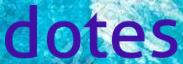
dotes